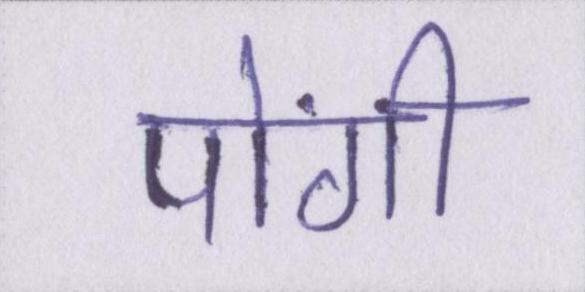
पोंगी